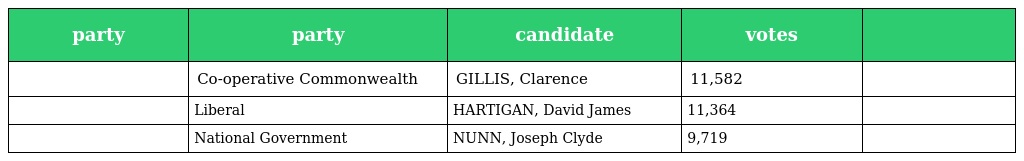
| party | party | candidate | votes |  |
 | --- | --- | --- | --- | --- |
 |  | Co-operative Commonwealth | GILLIS, Clarence | 11,582 |  |
 |  | Liberal | HARTIGAN, David James | 11,364 |  |
 |  | National Government | NUNN, Joseph Clyde | 9,719 |  |